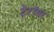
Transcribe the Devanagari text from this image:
टेरॉयर